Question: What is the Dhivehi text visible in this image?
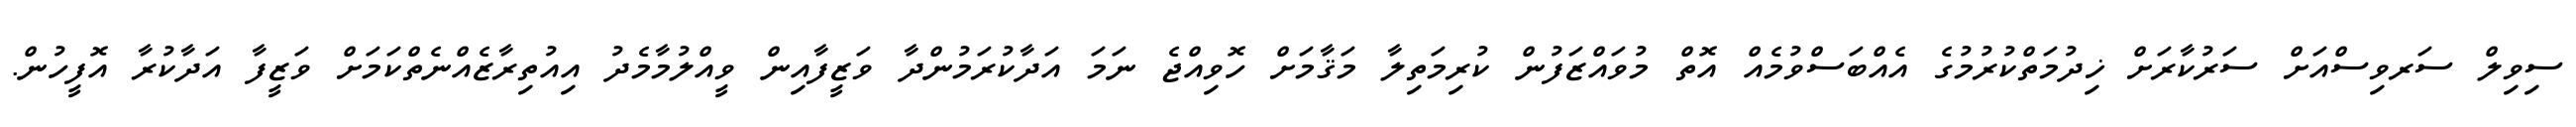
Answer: ސިވިލް ސަރވިސްއަށް ސަރުކާރަށް ޚިދުމަތްކުރުމުގެ އެއްބަސްވުމެއް އޮތް މުވައްޒަފުން ކުރިމަތިލާ މަޤާމަށް ހޮވިއްޖެ ނަމަ އަދާކުރަމުންދާ ވަޒީފާއިން ވީއްލުމާމެދު އިއުތިރާޒެއްނެތްކަމަށް ވަޒީފާ އަދާކުރާ އޮފީހުން.